38_143685_box_Incident_Summaries_173-233
Agency: Department of War
Page 75
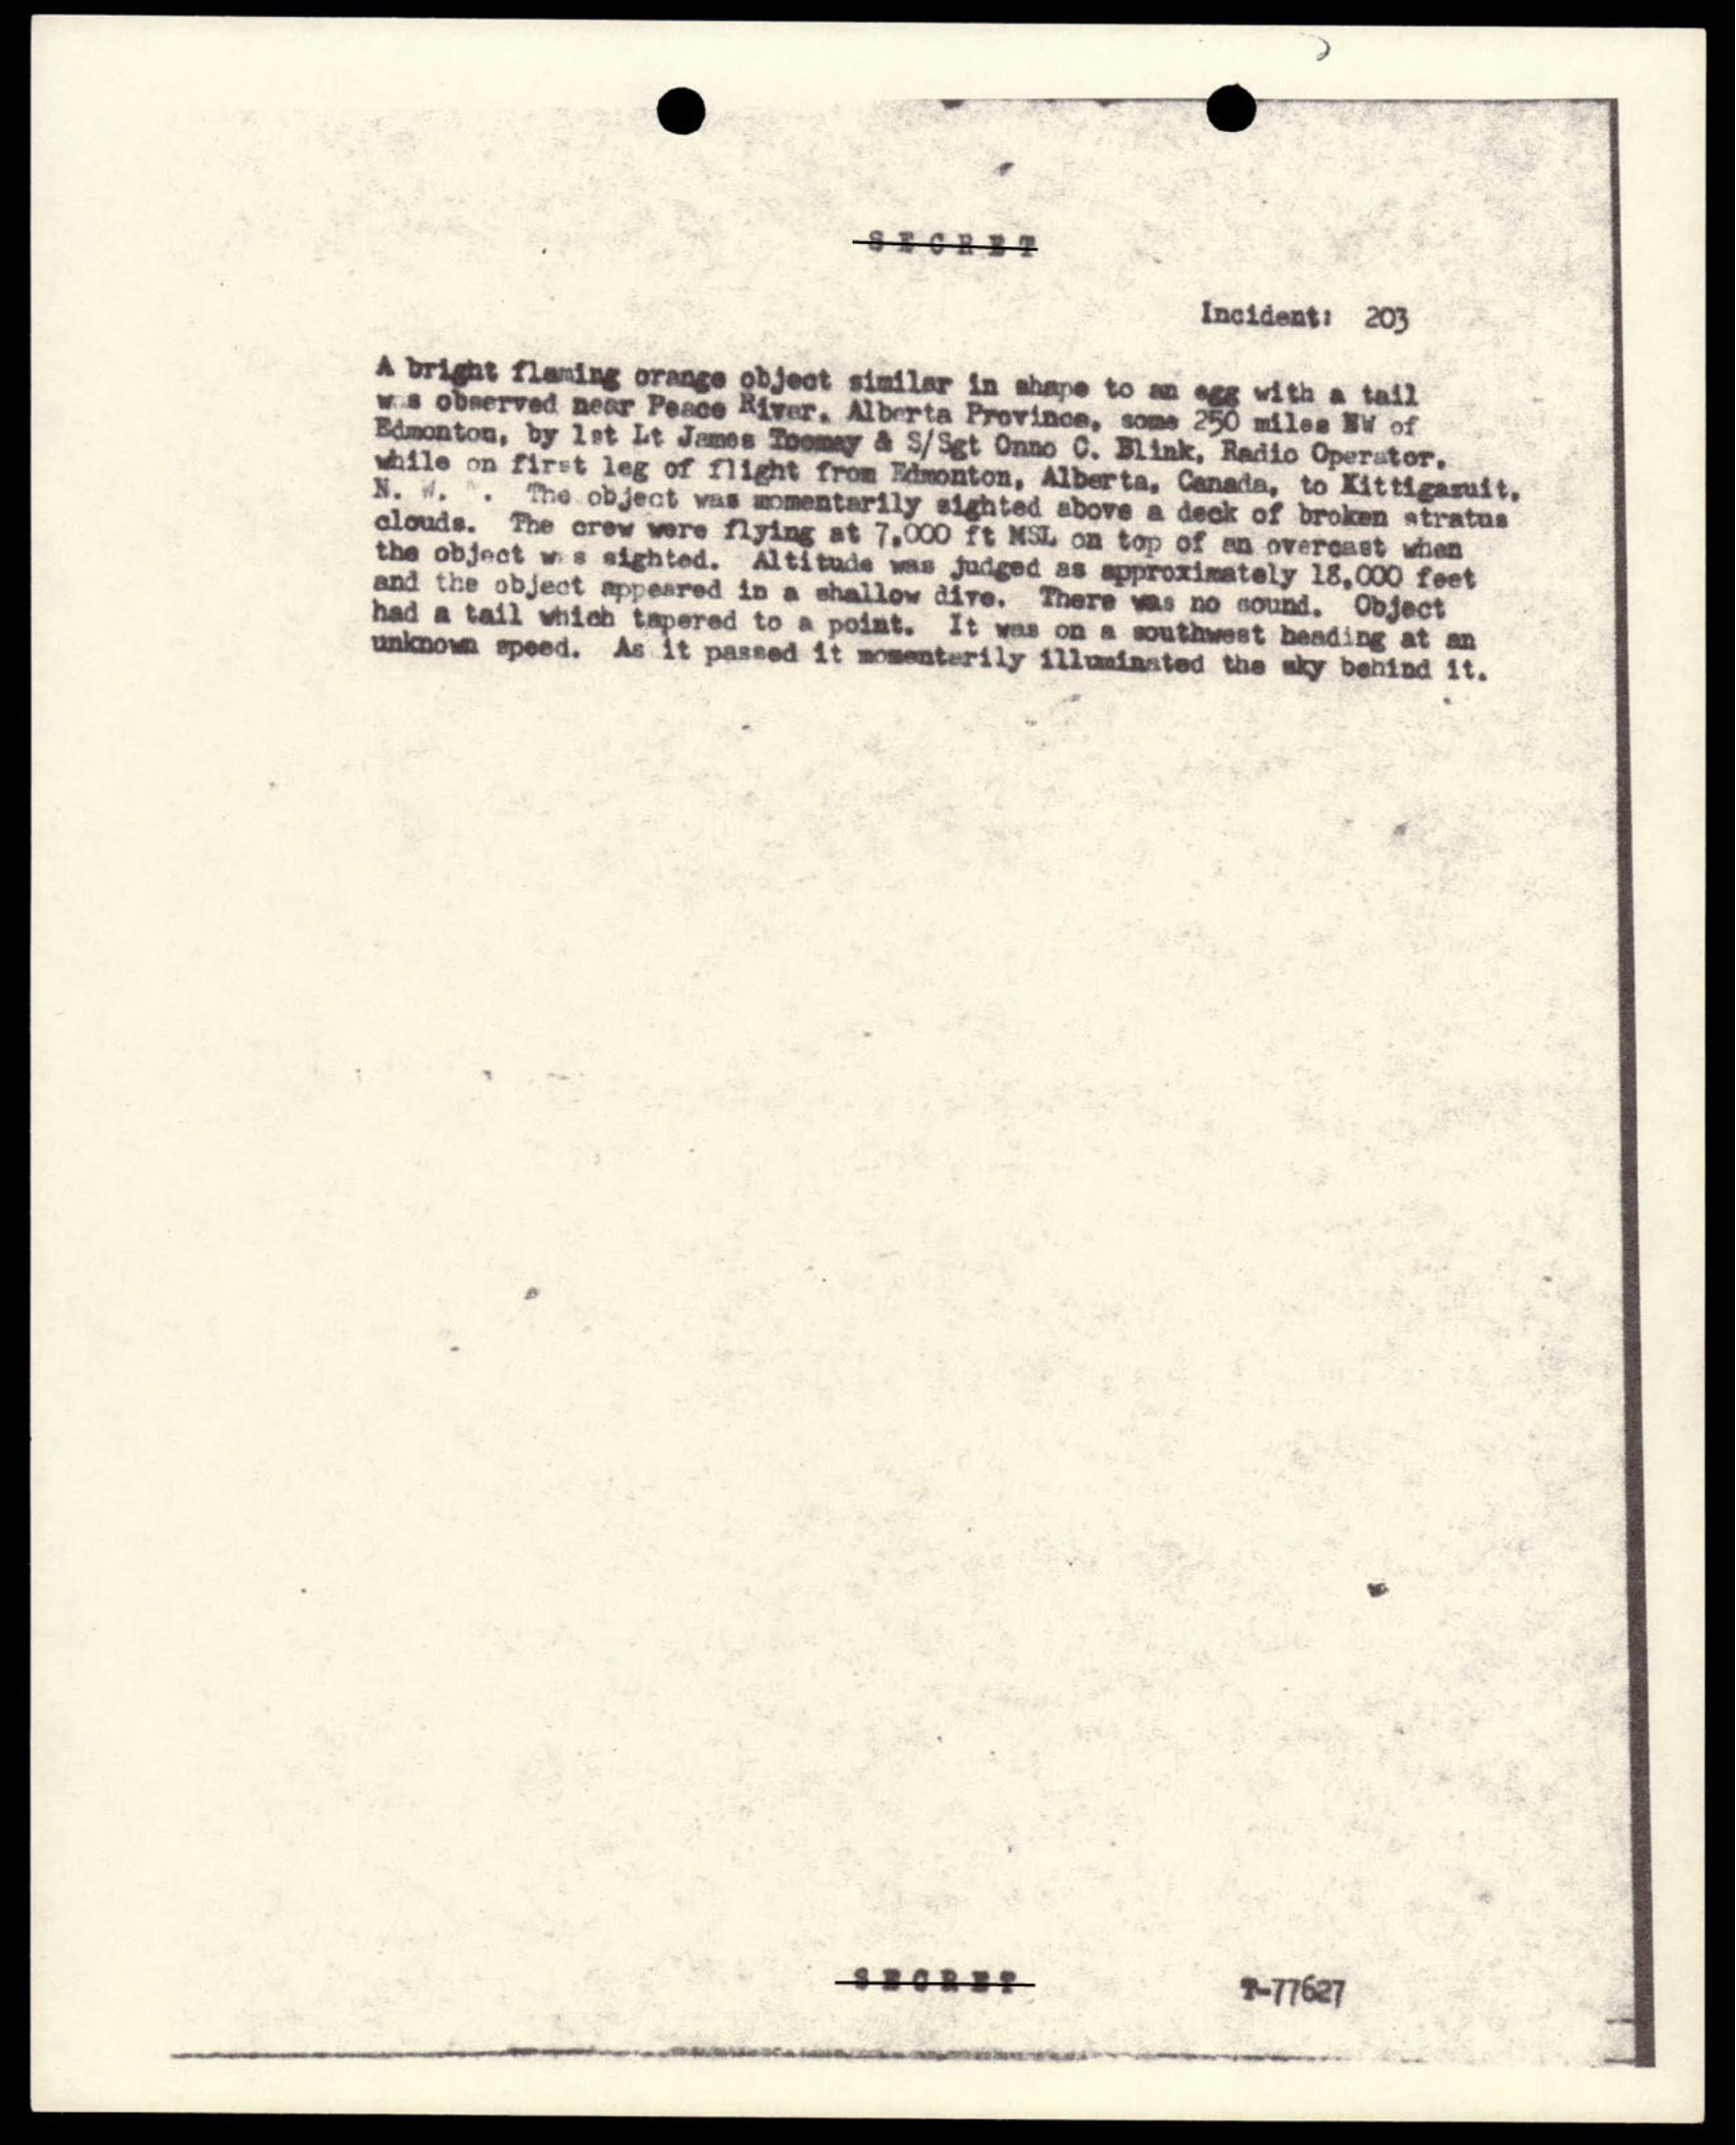